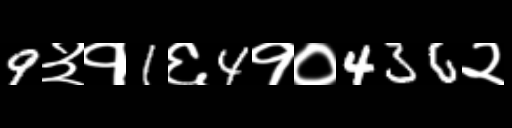
Text: 9३१1६4१०436२